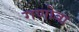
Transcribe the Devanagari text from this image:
गणोबा